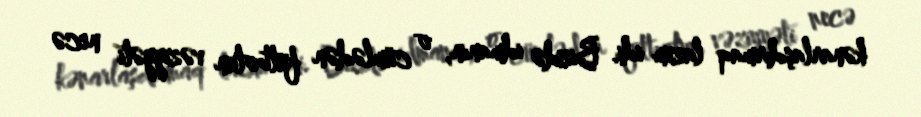
kənarlaşdırmaq lazım idi. Bizdə idmanın, o cümlədən futbolun vəziyyəti necə